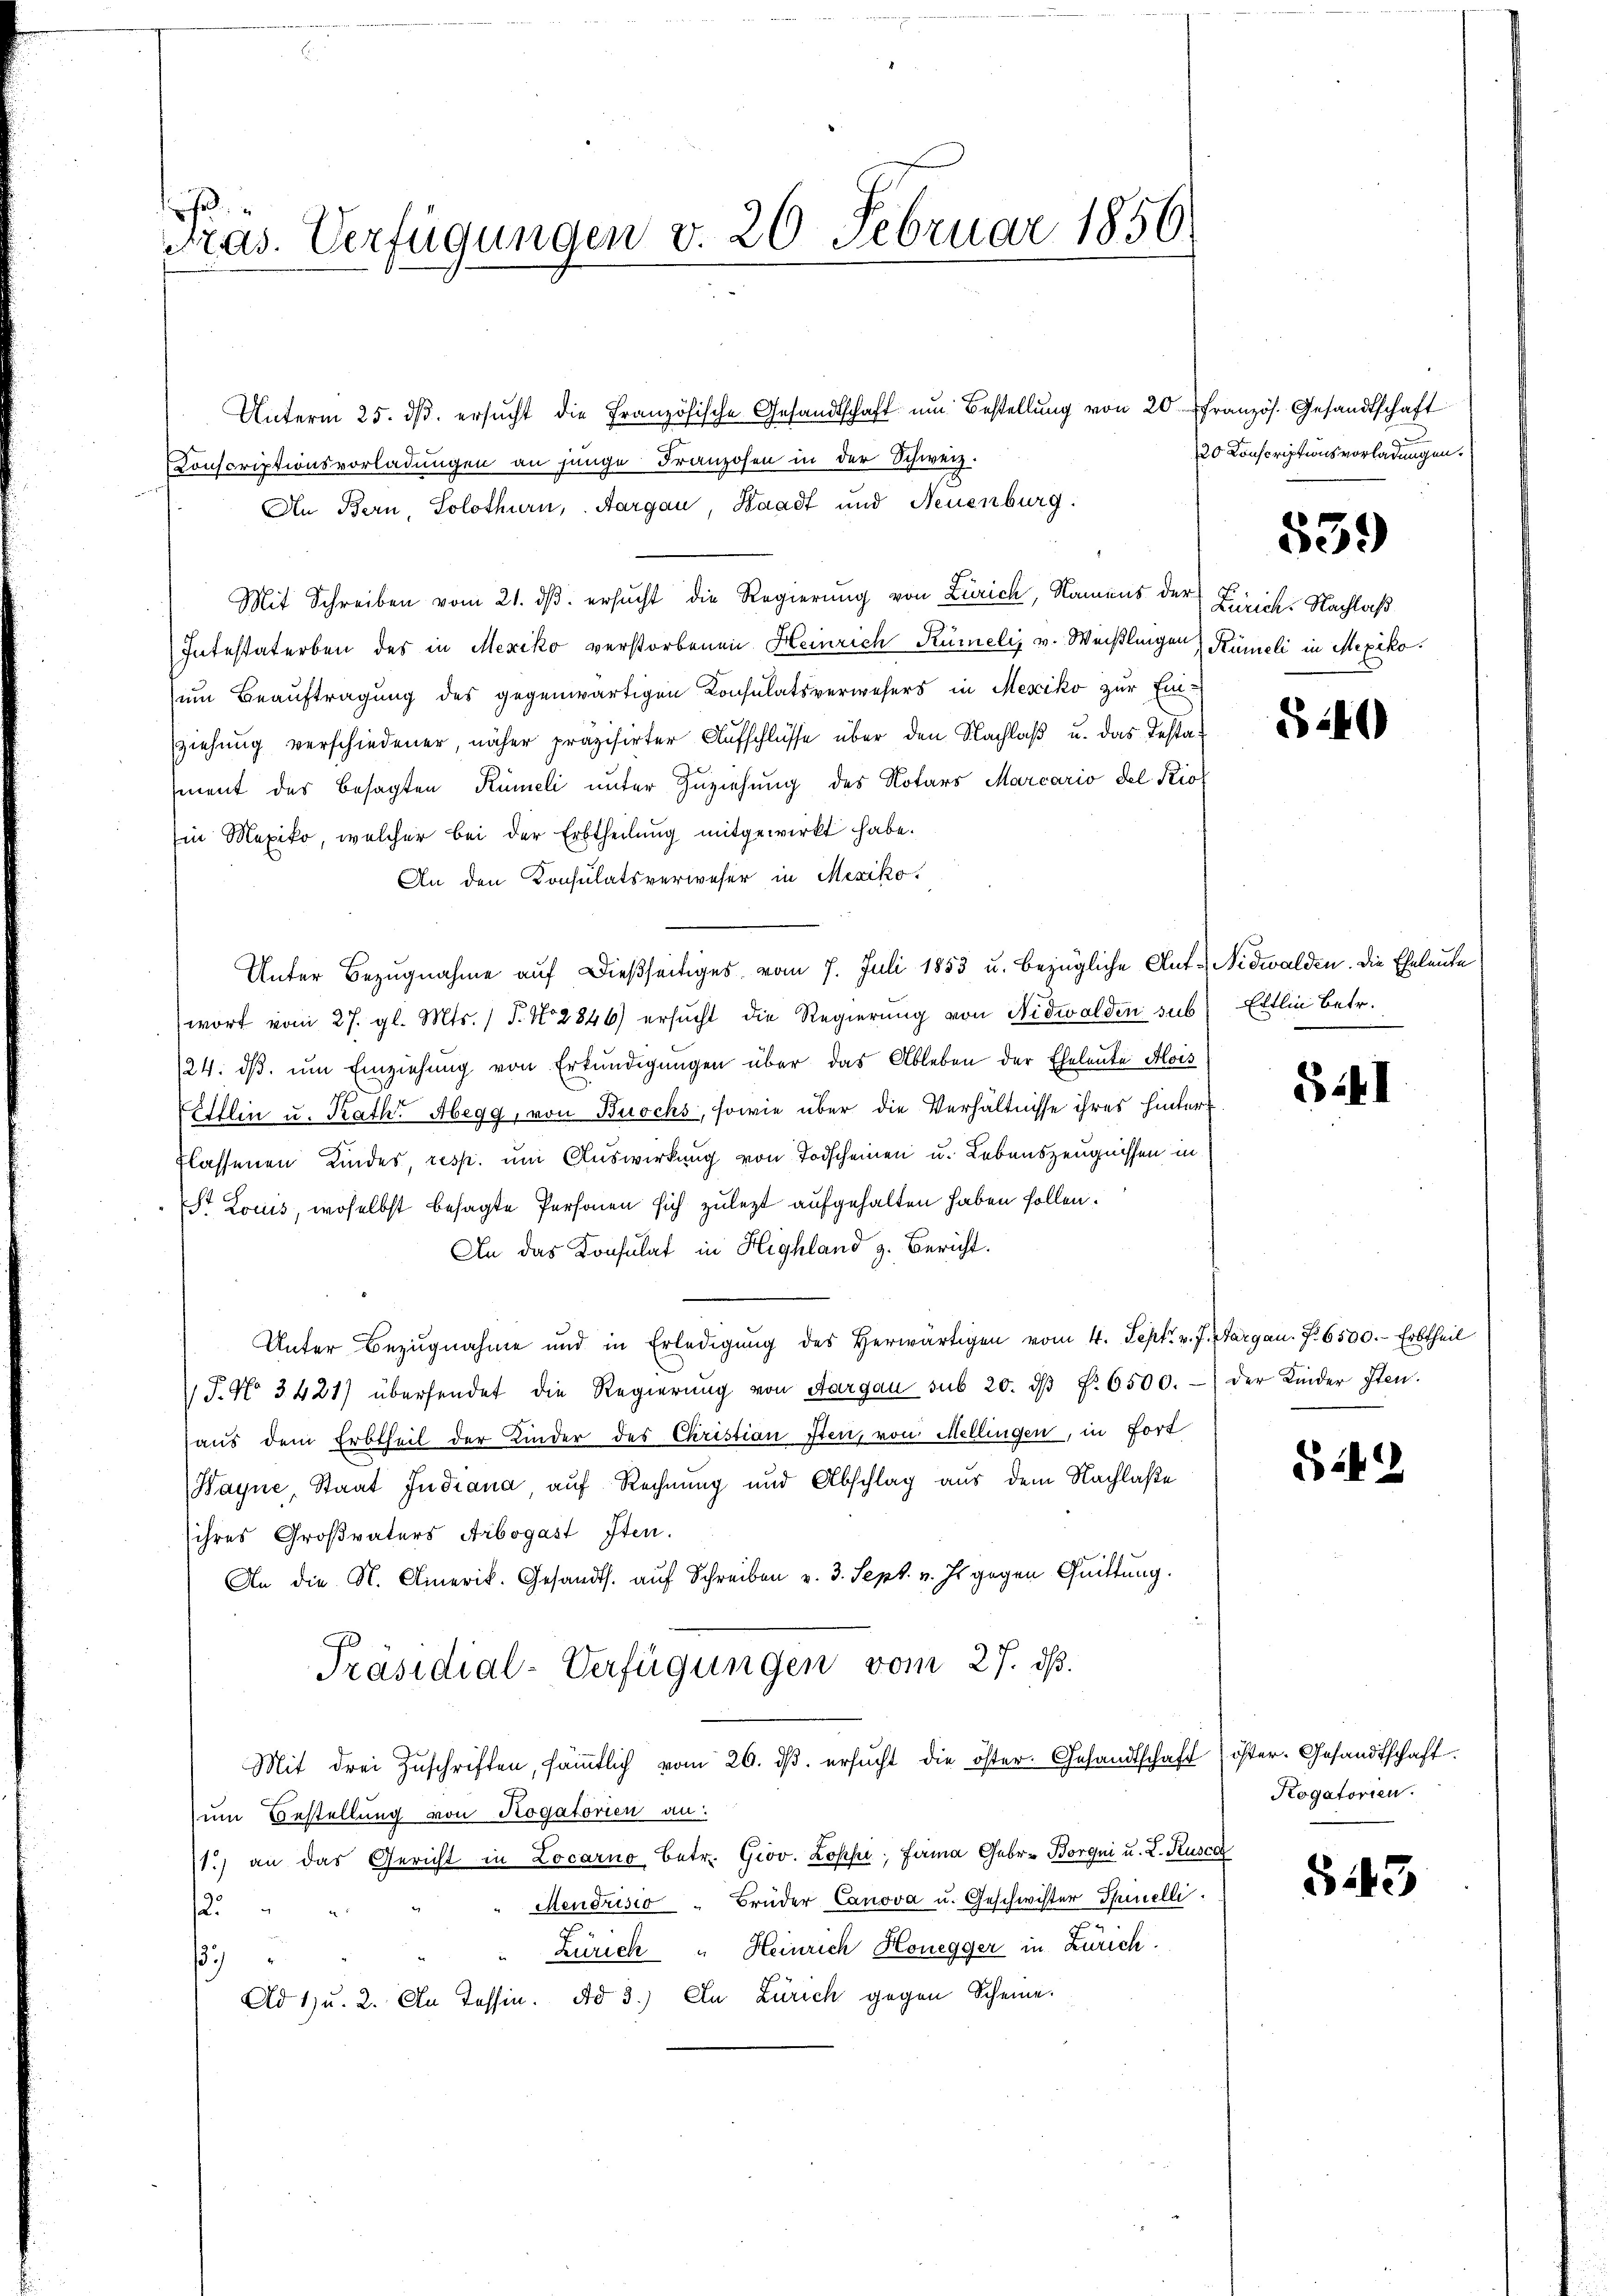
.
Pras. Verfügungen v. 20 Februar 1856

Unterm 25. dβ. ersŭcht die Französische Gesandtschaft ŭm Bestellŭng von 20 Französ. Gesandtschaft
Conscriptionsvorladŭngen an jünge Franzosen in der Schweiz.
An Bern, Solothurn, Aargau, Kaadt und Neuenburg
Mit Schreiben vom 21. dβ ersucht die Regierung von Zürich, Namens der Zürich-Nachlaß
Intestaterben des in Mexiko verstorbenen Heinrich Rümelis v. Weißlingen Rümeli in Mexiko
zum Beauftragung des gegenwärtigen Konsulatsverwesers in Mesiko zur Ein-
ziehung verschiedener, näher präzisirter Aufschlüsse über den Nachlaβ u. das Testa-
ment des besagten Rümeli unter Zuziehung des Notars Marcario del Kio
Ein Mexiko, welcher bei der Erbtheilung mitgewirkt habe.
An den Konsulatsverweser in Mesiko
Unter Bezugnahme auf dießseitiges vom 7. Juli 1853 u. bezügliche Ant. Nidwalden. Die Eheleute
wort vom 27. gl. Mts. / 5. No 2846) ersucht die Regierung von Nidwalden sub Ettlin betr.
24. dβ. ŭm Einziehung von Erkundigungen über das Ableben der Eheleute Alois
Ellin u. Rath Abegg, von Buochs, sowie über die Verhältnisse ihres hintert.
flassenen Kindes, resp. um Auswirkung von Todscheinen u. Lebenszeugnissen in
St Louis, woselbst besagte Personen sich zulezt aufgehalten haben sollen.
An das Konsulat in Highland z. Bericht.
Unter Bezugnahme und in Erledigŭng des herwärtigen vom 4. Sept. v. J. Aargau. P. 6500.- Erbtheil
 P. Nr. 3421) übersendet die Regierŭng von Aargau sub 20. dβ Nr. 6500.
haus dem Erbtheil der Kinder des Christian Iten, von Mellingen, in Fort
Hayne, Staat Judiana auf Rechnung und Abschlag aus dem Nachlaße
ihres Großvaters Arbogast Iten.
An die N. Amerik. Gesandts. auf Schreiben v. 3. Sept. v. Js. gegen Quittung.
Präsidial-Verfügungen vom 27. ds.
Mit drei Zŭschriften, säṁtlich vom 26. dβ. ersŭcht die öster. Gesandtschaft
um Bestellung von Rogatorien an:
11.) an das Gericht in Locarno Betr. Giov. Loppi, Fama Gebr. Borgni u. L. Rusca
Mendrisio " Brüder Canova u. Geschwister Spinelli
2
Zürich " Heinrich Honegger in Zürich.
7
Ad 1) u. 2. An Tessin. Ad 3.) In Zürich gegen Scheine.

20 Konscriptionsvorladungen.

539

5240

S.41

der Kinder Iten.

S1422

öster. Gesandtschaft.
Rogatorien.

543